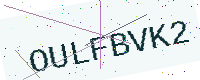
Text: OULFBVK2